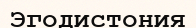
Эгодистония